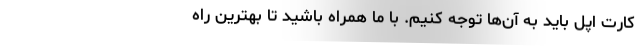
کارت اپل باید به آن‌ها توجه کنیم. با ما همراه باشید تا بهترین راه